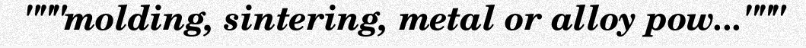
"""molding, sintering, metal or alloy pow..."""